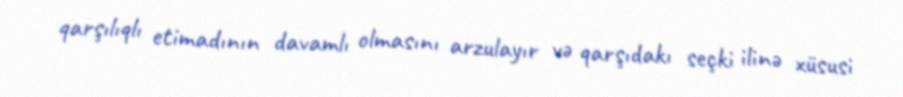
qarşılıqlı etimadının davamlı olmasını arzulayır və qarşıdakı seçki ilinə xüsusi